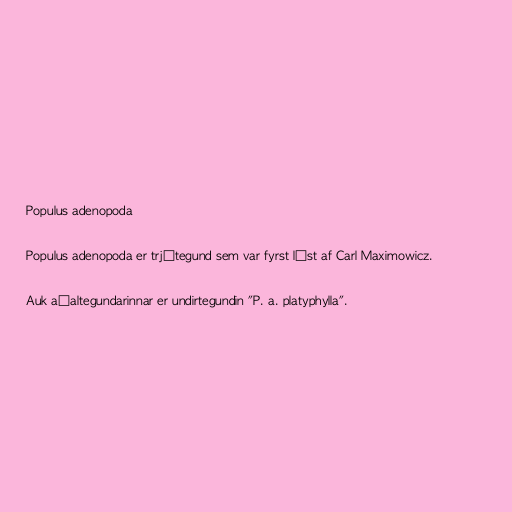
Populus adenopoda

Populus adenopoda er trjátegund sem var fyrst lýst af Carl Maximowicz.

Auk aðaltegundarinnar er undirtegundin "P. a. platyphylla".